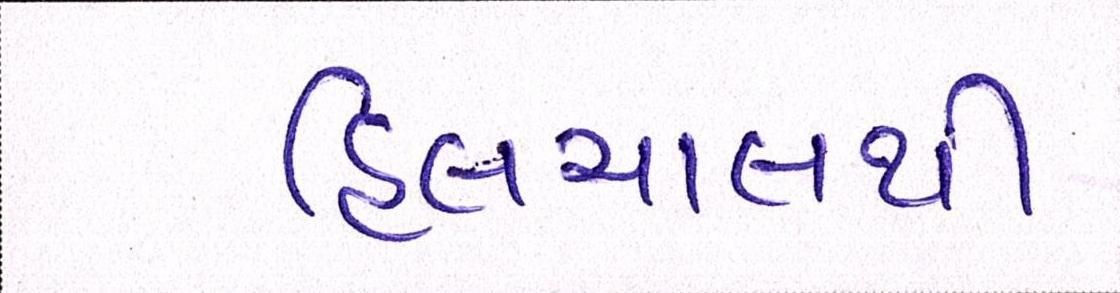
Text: હિલચાલથી